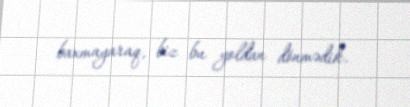
baxmayaraq, biz bu yoldan dönmədik.